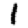
Digit: 1